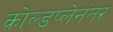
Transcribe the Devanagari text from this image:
कोल्डप्लेनंतर